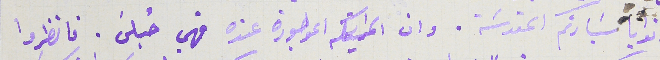
ونوايا سَيادتكم المقدسَة. وان الموجودة عنده فهي حُبلَى. فانظروا